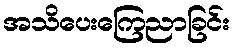
အသိပေးကြေညာခြင်း